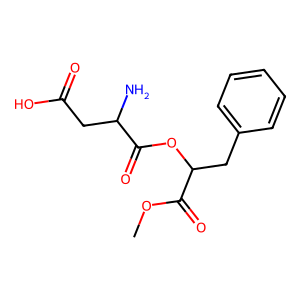
SMILES: COC(=O)C(Cc1ccccc1)OC(=O)C(N)CC(=O)O
Inhibits HIV replication: No